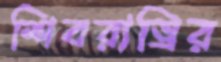
শিবরাত্রির